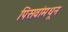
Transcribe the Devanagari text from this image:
पिसवांमधून